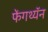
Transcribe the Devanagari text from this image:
फेंगथ्यॅन